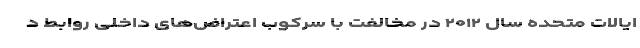
ایالات متحده سال ۲۰۱۲ در مخالفت با سرکوب اعتراض‌های داخلی روابط د